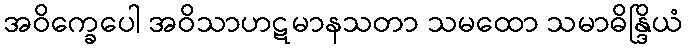
အဝိက္ခေပေါ အဝိသာဟဋမာနသတာ သမထော သမာဓိန္ဒြိယံ